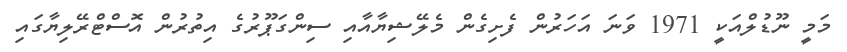
މަމީ ނޫޑުލްއަކީ 1971 ވަނަ އަހަރުން ފެށިގެން މެލޭޝިޔާއާއި ސިންގަޕޫރުގެ އިތުރުން އޮސްޓްރޭލިޔާގައި